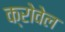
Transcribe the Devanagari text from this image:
क्रोवेल